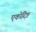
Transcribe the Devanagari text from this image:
एकोदिष्ट